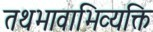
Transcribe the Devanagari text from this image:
तथभावाभिव्यक्ति